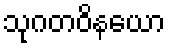
သုဂတဝိနယော